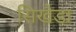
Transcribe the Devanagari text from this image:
सिखैडा